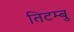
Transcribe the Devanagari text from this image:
तिटम्बु